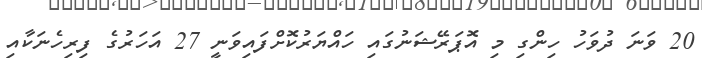
20 ވަނަ ދުވަހު ހިންގި މި އޮޕަރޭޝަނުގައި ހައްޔަރުކޮށްފައިވަނީ 27 އަހަރުގެ ފިރިހެނަކާއި